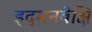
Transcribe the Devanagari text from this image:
इदमनवेक्षि